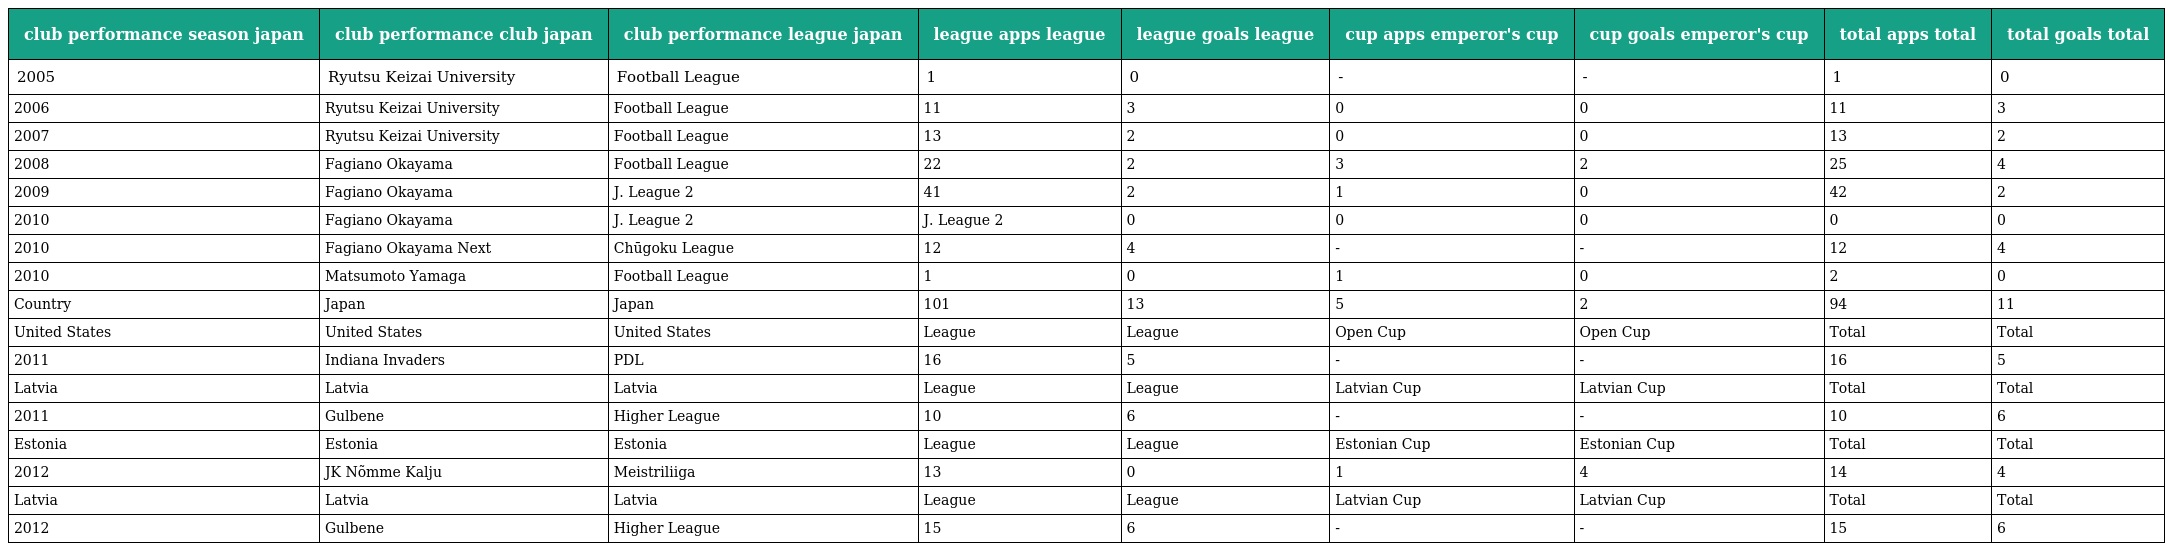
| club performance season japan | club performance club japan | club performance league japan | league apps league | league goals league | cup apps emperor's cup | cup goals emperor's cup | total apps total | total goals total |
 | --- | --- | --- | --- | --- | --- | --- | --- | --- |
 | 2005 | Ryutsu Keizai University | Football League | 1 | 0 | - | - | 1 | 0 |
 | 2006 | Ryutsu Keizai University | Football League | 11 | 3 | 0 | 0 | 11 | 3 |
 | 2007 | Ryutsu Keizai University | Football League | 13 | 2 | 0 | 0 | 13 | 2 |
 | 2008 | Fagiano Okayama | Football League | 22 | 2 | 3 | 2 | 25 | 4 |
 | 2009 | Fagiano Okayama | J. League 2 | 41 | 2 | 1 | 0 | 42 | 2 |
 | 2010 | Fagiano Okayama | J. League 2 | J. League 2 | 0 | 0 | 0 | 0 | 0 |
 | 2010 | Fagiano Okayama Next | Chūgoku League | 12 | 4 | - | - | 12 | 4 |
 | 2010 | Matsumoto Yamaga | Football League | 1 | 0 | 1 | 0 | 2 | 0 |
 | Country | Japan | Japan | 101 | 13 | 5 | 2 | 94 | 11 |
 | United States | United States | United States | League | League | Open Cup | Open Cup | Total | Total |
 | 2011 | Indiana Invaders | PDL | 16 | 5 | - | - | 16 | 5 |
 | Latvia | Latvia | Latvia | League | League | Latvian Cup | Latvian Cup | Total | Total |
 | 2011 | Gulbene | Higher League | 10 | 6 | - | - | 10 | 6 |
 | Estonia | Estonia | Estonia | League | League | Estonian Cup | Estonian Cup | Total | Total |
 | 2012 | JK Nõmme Kalju | Meistriliiga | 13 | 0 | 1 | 4 | 14 | 4 |
 | Latvia | Latvia | Latvia | League | League | Latvian Cup | Latvian Cup | Total | Total |
 | 2012 | Gulbene | Higher League | 15 | 6 | - | - | 15 | 6 |